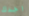
اجدك